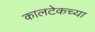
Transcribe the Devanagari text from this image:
कालटेकच्या